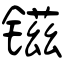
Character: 镃